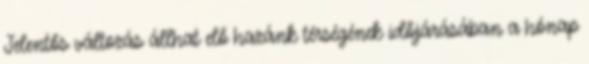
Jelentős változás állhat elő hazánk térségének időjárásában a hónap